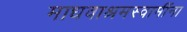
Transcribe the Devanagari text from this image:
माधवाश्रमस्वामींना